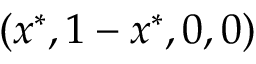
( x ^ { * } , 1 - x ^ { * } , 0 , 0 )